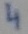
Text: 4